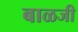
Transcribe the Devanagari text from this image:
बाळजी